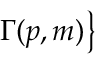
\Gamma ( p , m ) { \big \} }